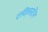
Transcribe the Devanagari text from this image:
एक्ज़िस्टेंस